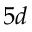
5 d